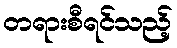
တရားစီရင်သည့်